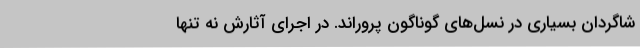
شاگردان بسیاری در نسل‌های گوناگون پروراند. در اجرای آثارش نه تنها